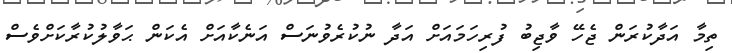
ތިމާ އަދާކުރަން ޖެހޭ ވާޖިބު ފުރިހަމައަށް އަދާ ނުކުރެވުނަސް އަނެކާއަށް އެކަން ޙަވާލުކުރާކަށްވެސް